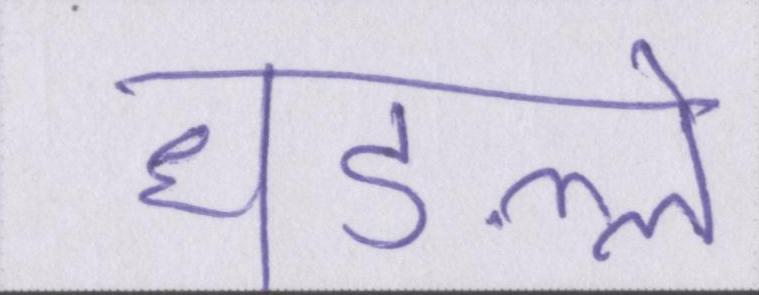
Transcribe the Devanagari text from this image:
धड़ल्ले